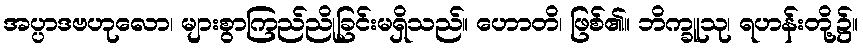
အပ္ပာဒဗဟုလော၊ များစွာကြည်ညိုခြင်းမရှိသည်။ ဟောတိ၊ ဖြစ်၏။ ဘိက္ခူသု၊ ရဟန်းတို့၌။